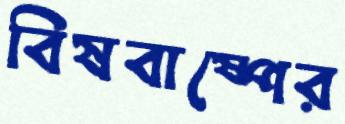
বিষবাষ্পের